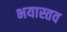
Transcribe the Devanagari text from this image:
भयास्तव